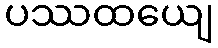
ပဿထယျေ